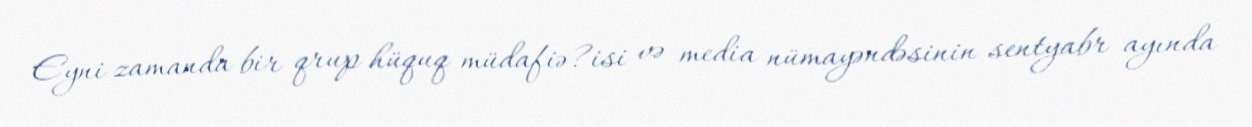
Eyni zamanda bir qrup hüquq müdafiə?isi və media nümayəndəsinin sentyabr ayında